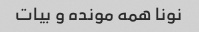
نونا همه مونده و بیات